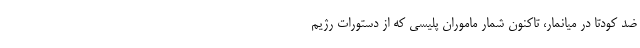
ضد کودتا در میانمار، تاکنون شمار ماموران پلیسی که از دستورات رژیم